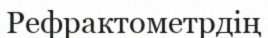
Рефрактометрдің